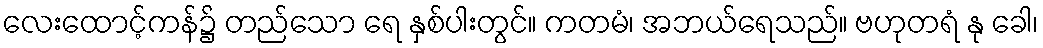
လေးထောင့်ကန်၌ တည်သော ရေ နှစ်ပါးတွင်။ ကတမံ၊ အဘယ်ရေသည်။ ဗဟုတရံ နု ခေါ၊